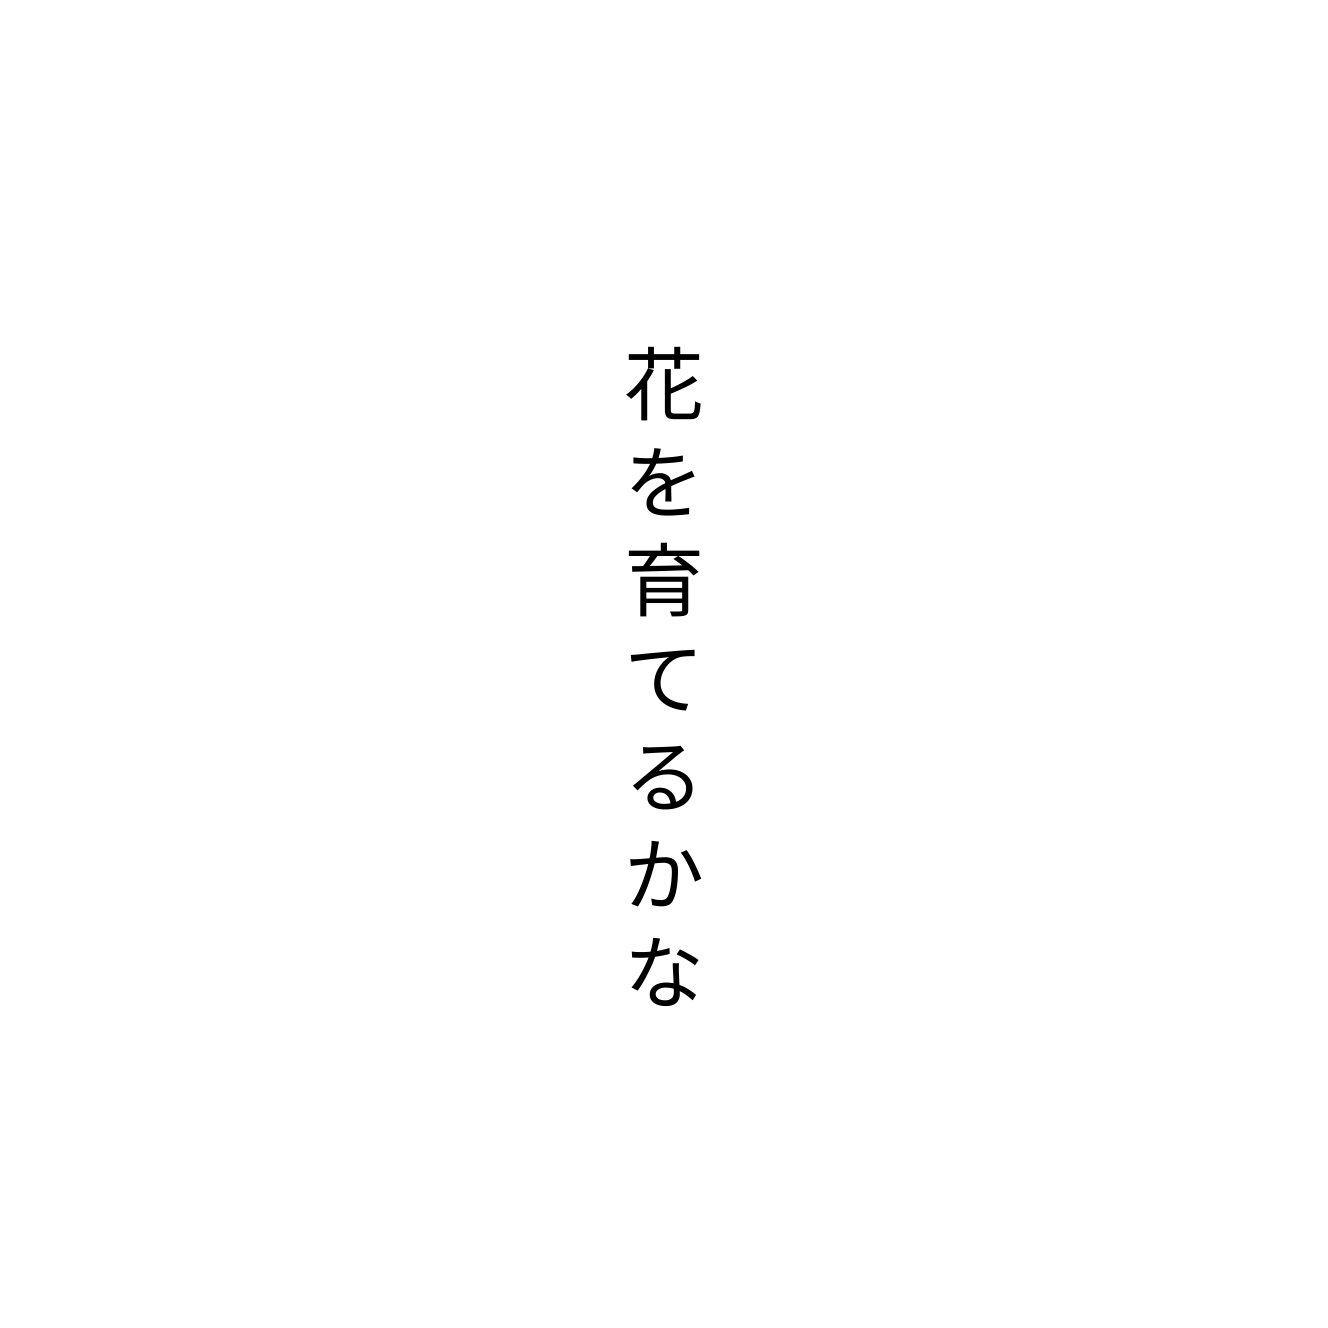
花を育てるかな